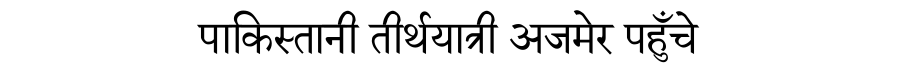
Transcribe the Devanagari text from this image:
पाकिस्तानी तीर्थयात्री अजमेर पहुँचे